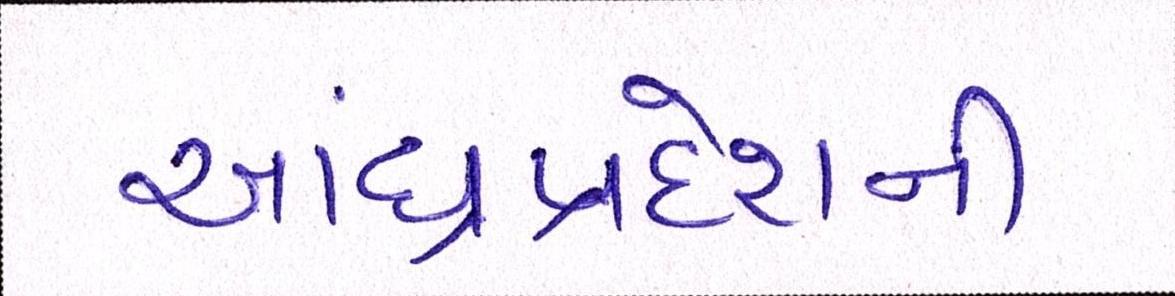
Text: આંધ્રપ્રદેશની